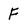
Character: F